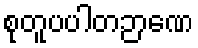
စုတူပပါတဉာဏေ